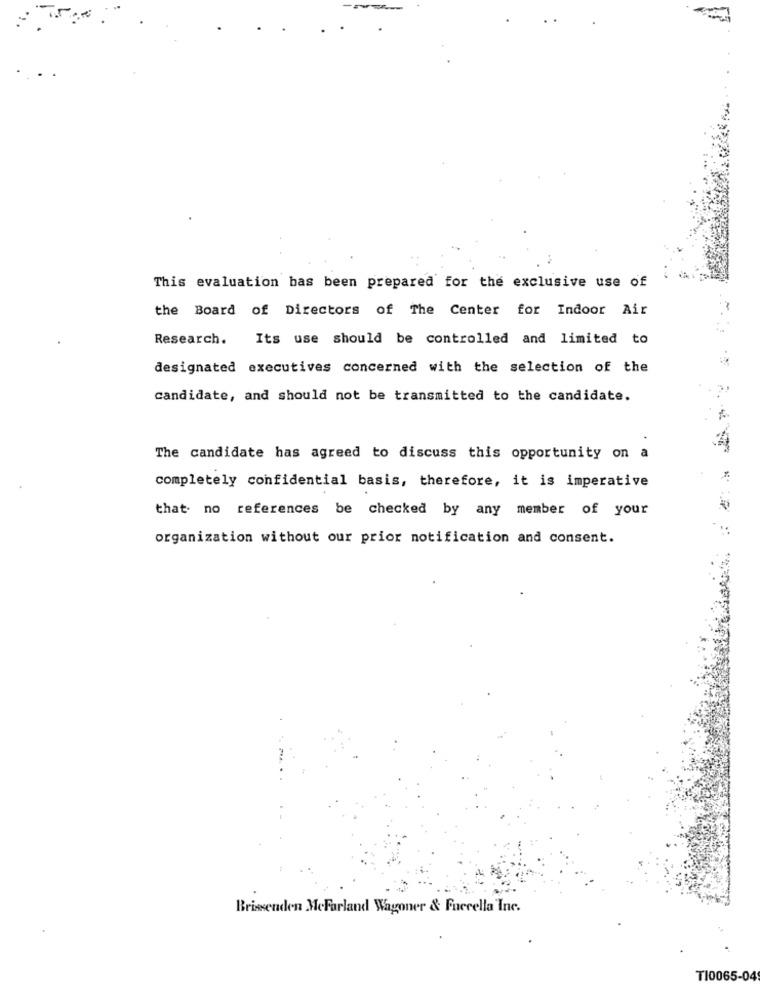
This evaluation bas been prepared for the exclusive use of
the Board of Directors of The Center for Indoor Air
Research. Its use should be controlled and limited to
designated executives concerned with the selection of the
candidate, and should not be transmitted to the candidate.
The candidate has agreed to discuss this opportunity on a
completely confidential basis, therefore, it is imperative
that no references be checked by any member of your
organization without our prior notification and consent.
Brissenden MeForland Wagoner & Fuecella Inc.
TI0065-04